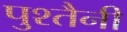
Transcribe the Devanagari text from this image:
पुश्‍तैनी